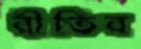
রীতির